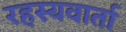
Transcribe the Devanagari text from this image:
रहस्यवार्ता